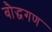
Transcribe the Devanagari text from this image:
बौद्धगण